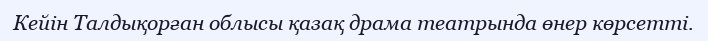
Кейін Талдықорған облысы қазақ драма театрында өнер көрсетті.